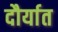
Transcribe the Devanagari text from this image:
दौर्यात